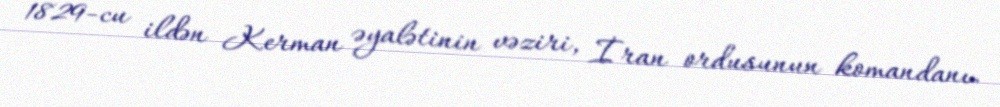
1829-cu ildən Kerman əyalətinin vəziri, İran ordusunun komandanı.